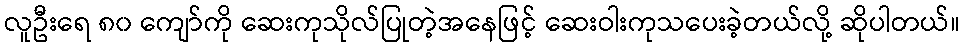
လူဦးရေ ၈၀ ကျော်ကို ဆေးကုသိုလ်ပြုတဲ့အနေဖြင့် ဆေးဝါးကုသပေးခဲ့တယ်လို့ ဆိုပါတယ်။